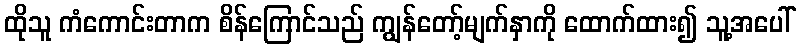
ထိုသူ ကံကောင်းတာက စိန်ကြောင်သည် ကျွန်တော့်မျက်နှာကို ထောက်ထား၍ သူ့အပေါ်